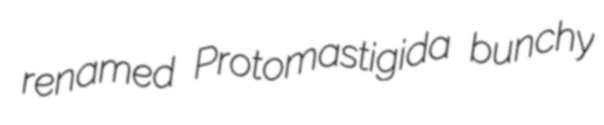
renamed Protomastigida bunchy